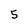
Character: 5